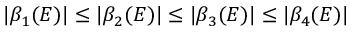
| \beta _ { 1 } ( E ) | \le | \beta _ { 2 } ( E ) | \le | \beta _ { 3 } ( E ) | \le | \beta _ { 4 } ( E ) |